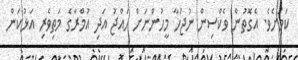
ކަމަށެވެ. އެގޮތުން ވެކްސިން ނުޖަހާ މީހުންނަށް ހައްޖު އަދި އުމްރާގެ މަތިވެރި އަޅުކަން